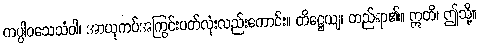
ကပ္ပါဝသေသံဝါ၊ အာယုကပ်အကြွင်းပတ်လုံးလည်းကောင်း။ တိဋ္ဌေယျ၊ တည်ရာ၏။ ဣတိ၊ ဤသို့။